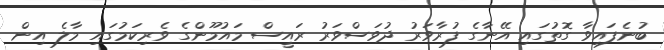
ބުނެފައިވާ ގޮތުގައި އޭނާގެ ފުރާވަރު ދުވަސްވަރު ރައީސް މައުމޫންގެ ވެރިކަމުގައި މާލެ އިން